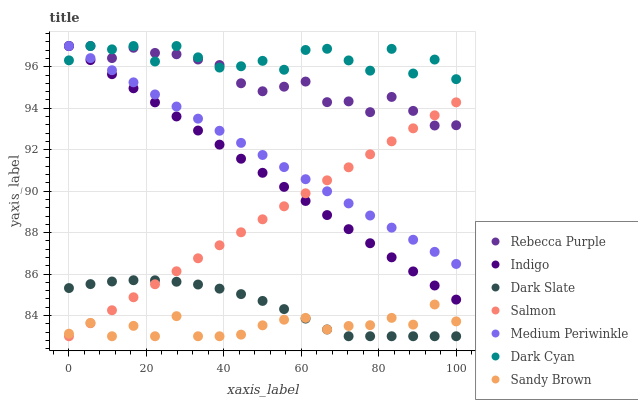
| xaxis_label | Rebecca Purple | Indigo | Dark Slate | Salmon | Medium Periwinkle | Dark Cyan | Sandy Brown |
 | --- | --- | --- | --- | --- | --- | --- | --- |
 | 0 | 97 | 97 | 85.3 | 83 | 97 | 96.3 | 83.1 |
 | 5.56 | 97 | 96.3 | 85.5 | 83.6 | 96.4 | 97 | 83.6 |
 | 11.1 | 96.4 | 95.6 | 85.6 | 84.3 | 95.8 | 96.8 | 83 |
 | 16.7 | 96.9 | 95 | 85.7 | 84.9 | 95.2 | 97 | 83.5 |
 | 22.2 | 96.7 | 94.3 | 85.7 | 85.5 | 94.7 | 96.3 | 83 |
 | 27.8 | 96.6 | 93.6 | 85.6 | 86.1 | 94.1 | 97 | 84 |
 | 33.3 | 96.3 | 92.9 | 85.5 | 86.8 | 93.5 | 96.5 | 83 |
 | 38.9 | 96.1 | 92.2 | 85.3 | 87.4 | 92.9 | 96 | 83 |
 | 44.4 | 95.2 | 91.6 | 85 | 88 | 92.3 | 96 | 83.1 |
 | 50 | 94.8 | 90.9 | 84.7 | 88.6 | 91.7 | 96.3 | 83.5 |
 | 55.6 | 95 | 90.2 | 84.3 | 89.3 | 91.2 | 95.9 | 83.8 |
 | 61.1 | 95.3 | 89.5 | 83.9 | 89.9 | 90.6 | 96.8 | 83.9 |
 | 66.7 | 94.3 | 88.8 | 83.3 | 90.5 | 90 | 96.9 | 83.3 |
 | 72.2 | 94.3 | 88.2 | 83 | 91.1 | 89.4 | 96.3 | 83.5 |
 | 77.8 | 93.8 | 87.5 | 83 | 91.8 | 88.8 | 95.8 | 83.5 |
 | 83.3 | 94.5 | 86.8 | 83 | 92.4 | 88.2 | 96.9 | 83.9 |
 | 88.9 | 93.9 | 86.1 | 83 | 93 | 87.7 | 95.7 | 83.6 |
 | 94.4 | 93.2 | 85.4 | 83 | 93.7 | 87.1 | 96.3 | 84.5 |
 | 100 | 93.2 | 84.8 | 83 | 94.3 | 86.5 | 95.4 | 83.7 |